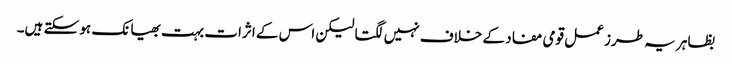
بظاہر یہ طرز عمل قومی مفاد کے خلاف نہیں لگتا لیکن اس کے اثرات بہت بھیانک ہو سکتے ہیں۔